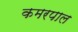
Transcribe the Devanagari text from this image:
कमरपाल